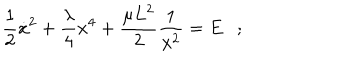
{ \frac { 1 } { 2 } } { \dot { x } } ^ { 2 } + { \frac { \lambda } { 4 } } x ^ { 4 } + { \frac { \mu L ^ { 2 } } { 2 } } { \frac { 1 } { x ^ { 2 } } } = E ;